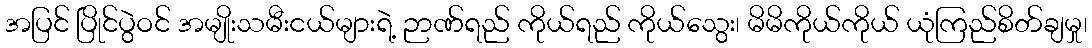
အပြင် ပြိုင်ပွဲဝင် အမျိုးသမီးငယ်များရဲ့ ဉာဏ်ရည် ကိုယ်ရည် ကိုယ်သွေး၊ မိမိကိုယ်ကိုယ် ယုံကြည်စိတ်ချမှု၊